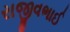
રાજીવભાઈ